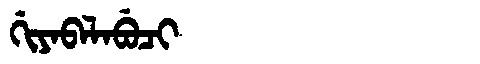
Manchu: ᡤᡳᠶᠠᠪᠠᠯᠠᠪᡠᠴᡳ
Romanization: GIYABALABUCI